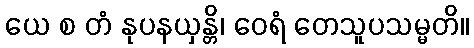
ယေ စ တံ နုပနယှန္တိ၊ ဝေရံ တေသူပသမ္မတိ။